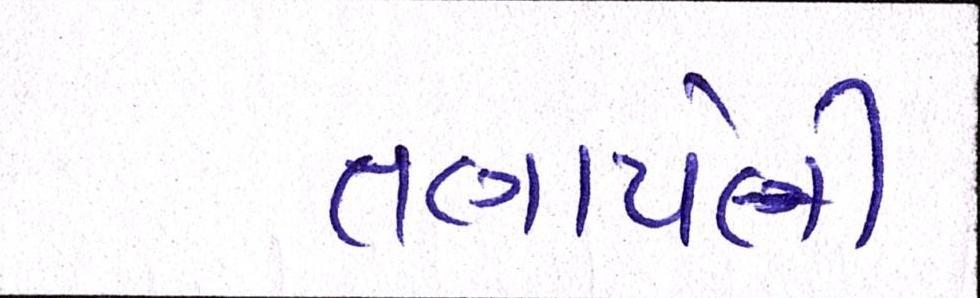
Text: તણાયેલી